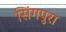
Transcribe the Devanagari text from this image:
सिंगपुरा